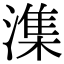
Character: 潗